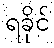
ရခိုင်